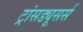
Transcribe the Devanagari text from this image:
ट्रांसड्यूसर्स